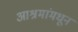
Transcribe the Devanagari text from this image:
आश्रमांमधून